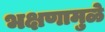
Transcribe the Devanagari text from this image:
भक्षणामुळे